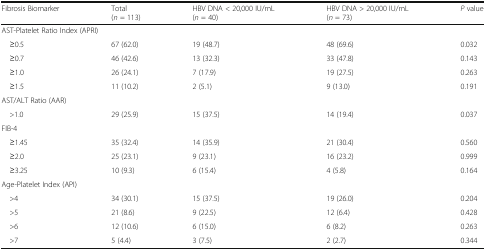
<table><thead><tr><td><b>Fibrosis Biomarker</b></td><td><b>Total(<i>n</i> = 113)</b></td><td><b>HBV DNA &lt; 20,000 IU/mL(<i>n</i> = 40)</b></td><td><b>HBV DNA &gt; 20,000 IU/mL(<i>n</i> = 73)</b></td><td><b><i>P</i> value</b></td></tr></thead><tbody><tr><td colspan="5">AST-Platelet Ratio Index (APRI)</td></tr><tr><td> ≥0.5</td><td>67 (62.0)</td><td>19 (48.7)</td><td>48 (69.6)</td><td>0.032</td></tr><tr><td> ≥0.7</td><td>46 (42.6)</td><td>13 (32.3)</td><td>33 (47.8)</td><td>0.143</td></tr><tr><td> ≥1.0</td><td>26 (24.1)</td><td>7 (17.9)</td><td>19 (27.5)</td><td>0.263</td></tr><tr><td> ≥1.5</td><td>11 (10.2)</td><td>2 (5.1)</td><td>9 (13.0)</td><td>0.191</td></tr><tr><td colspan="5">AST/ALT Ratio (AAR)</td></tr><tr><td> &gt;1.0</td><td>29 (25.9)</td><td>15 (37.5)</td><td>14 (19.4)</td><td>0.037</td></tr><tr><td colspan="5">FIB-4</td></tr><tr><td> ≥1.45</td><td>35 (32.4)</td><td>14 (35.9)</td><td>21 (30.4)</td><td>0.560</td></tr><tr><td> ≥2.0</td><td>25 (23.1)</td><td>9 (23.1)</td><td>16 (23.2)</td><td>0.999</td></tr><tr><td> ≥3.25</td><td>10 (9.3)</td><td>6 (15.4)</td><td>4 (5.8)</td><td>0.164</td></tr><tr><td colspan="5">Age-Platelet Index (API)</td></tr><tr><td> &gt;4</td><td>34 (30.1)</td><td>15 (37.5)</td><td>19 (26.0)</td><td>0.204</td></tr><tr><td> &gt;5</td><td>21 (8.6)</td><td>9 (22.5)</td><td>12 (6.4)</td><td>0.428</td></tr><tr><td> &gt;6</td><td>12 (10.6)</td><td>6 (15.0)</td><td>6 (8.2)</td><td>0.263</td></tr><tr><td> &gt;7</td><td>5 (4.4)</td><td>3 (7.5)</td><td>2 (2.7)</td><td>0.344</td></tr></tbody></table>